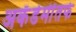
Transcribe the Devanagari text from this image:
अकॅडेमींतर्फे